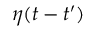
\eta ( t - t ^ { \prime } )